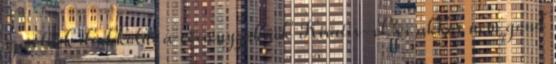
szeretnék drukkolni a versenyzőknek Kiratix-el. és akkor nem gond